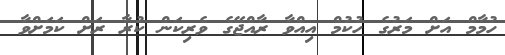
ހުމާމް އަށް މަރުގެ ހުކުމް އިއްވާ ރާއްޖޭގެ ވެރިކަން ކުރާ ރަށް ކަމަށްވާ